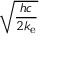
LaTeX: \sqrt { \frac { h c } { 2 k _ { \mathrm { e } } } }